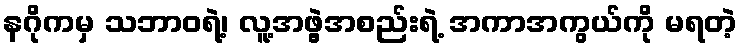
နဂိုကမှ သဘာဝရဲ့၊ လူ့အဖွဲ့အစည်းရဲ့ အကာအကွယ်ကို မရတဲ့